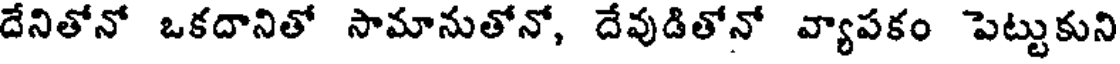
దేనితోనో ఒకదానితో సామానుతోనో, దేవుడితోనో వ్యాపకం పెట్టుకుని